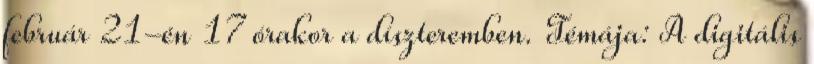
február 21-én 17 órakor a díszteremben. Témája: A digitális